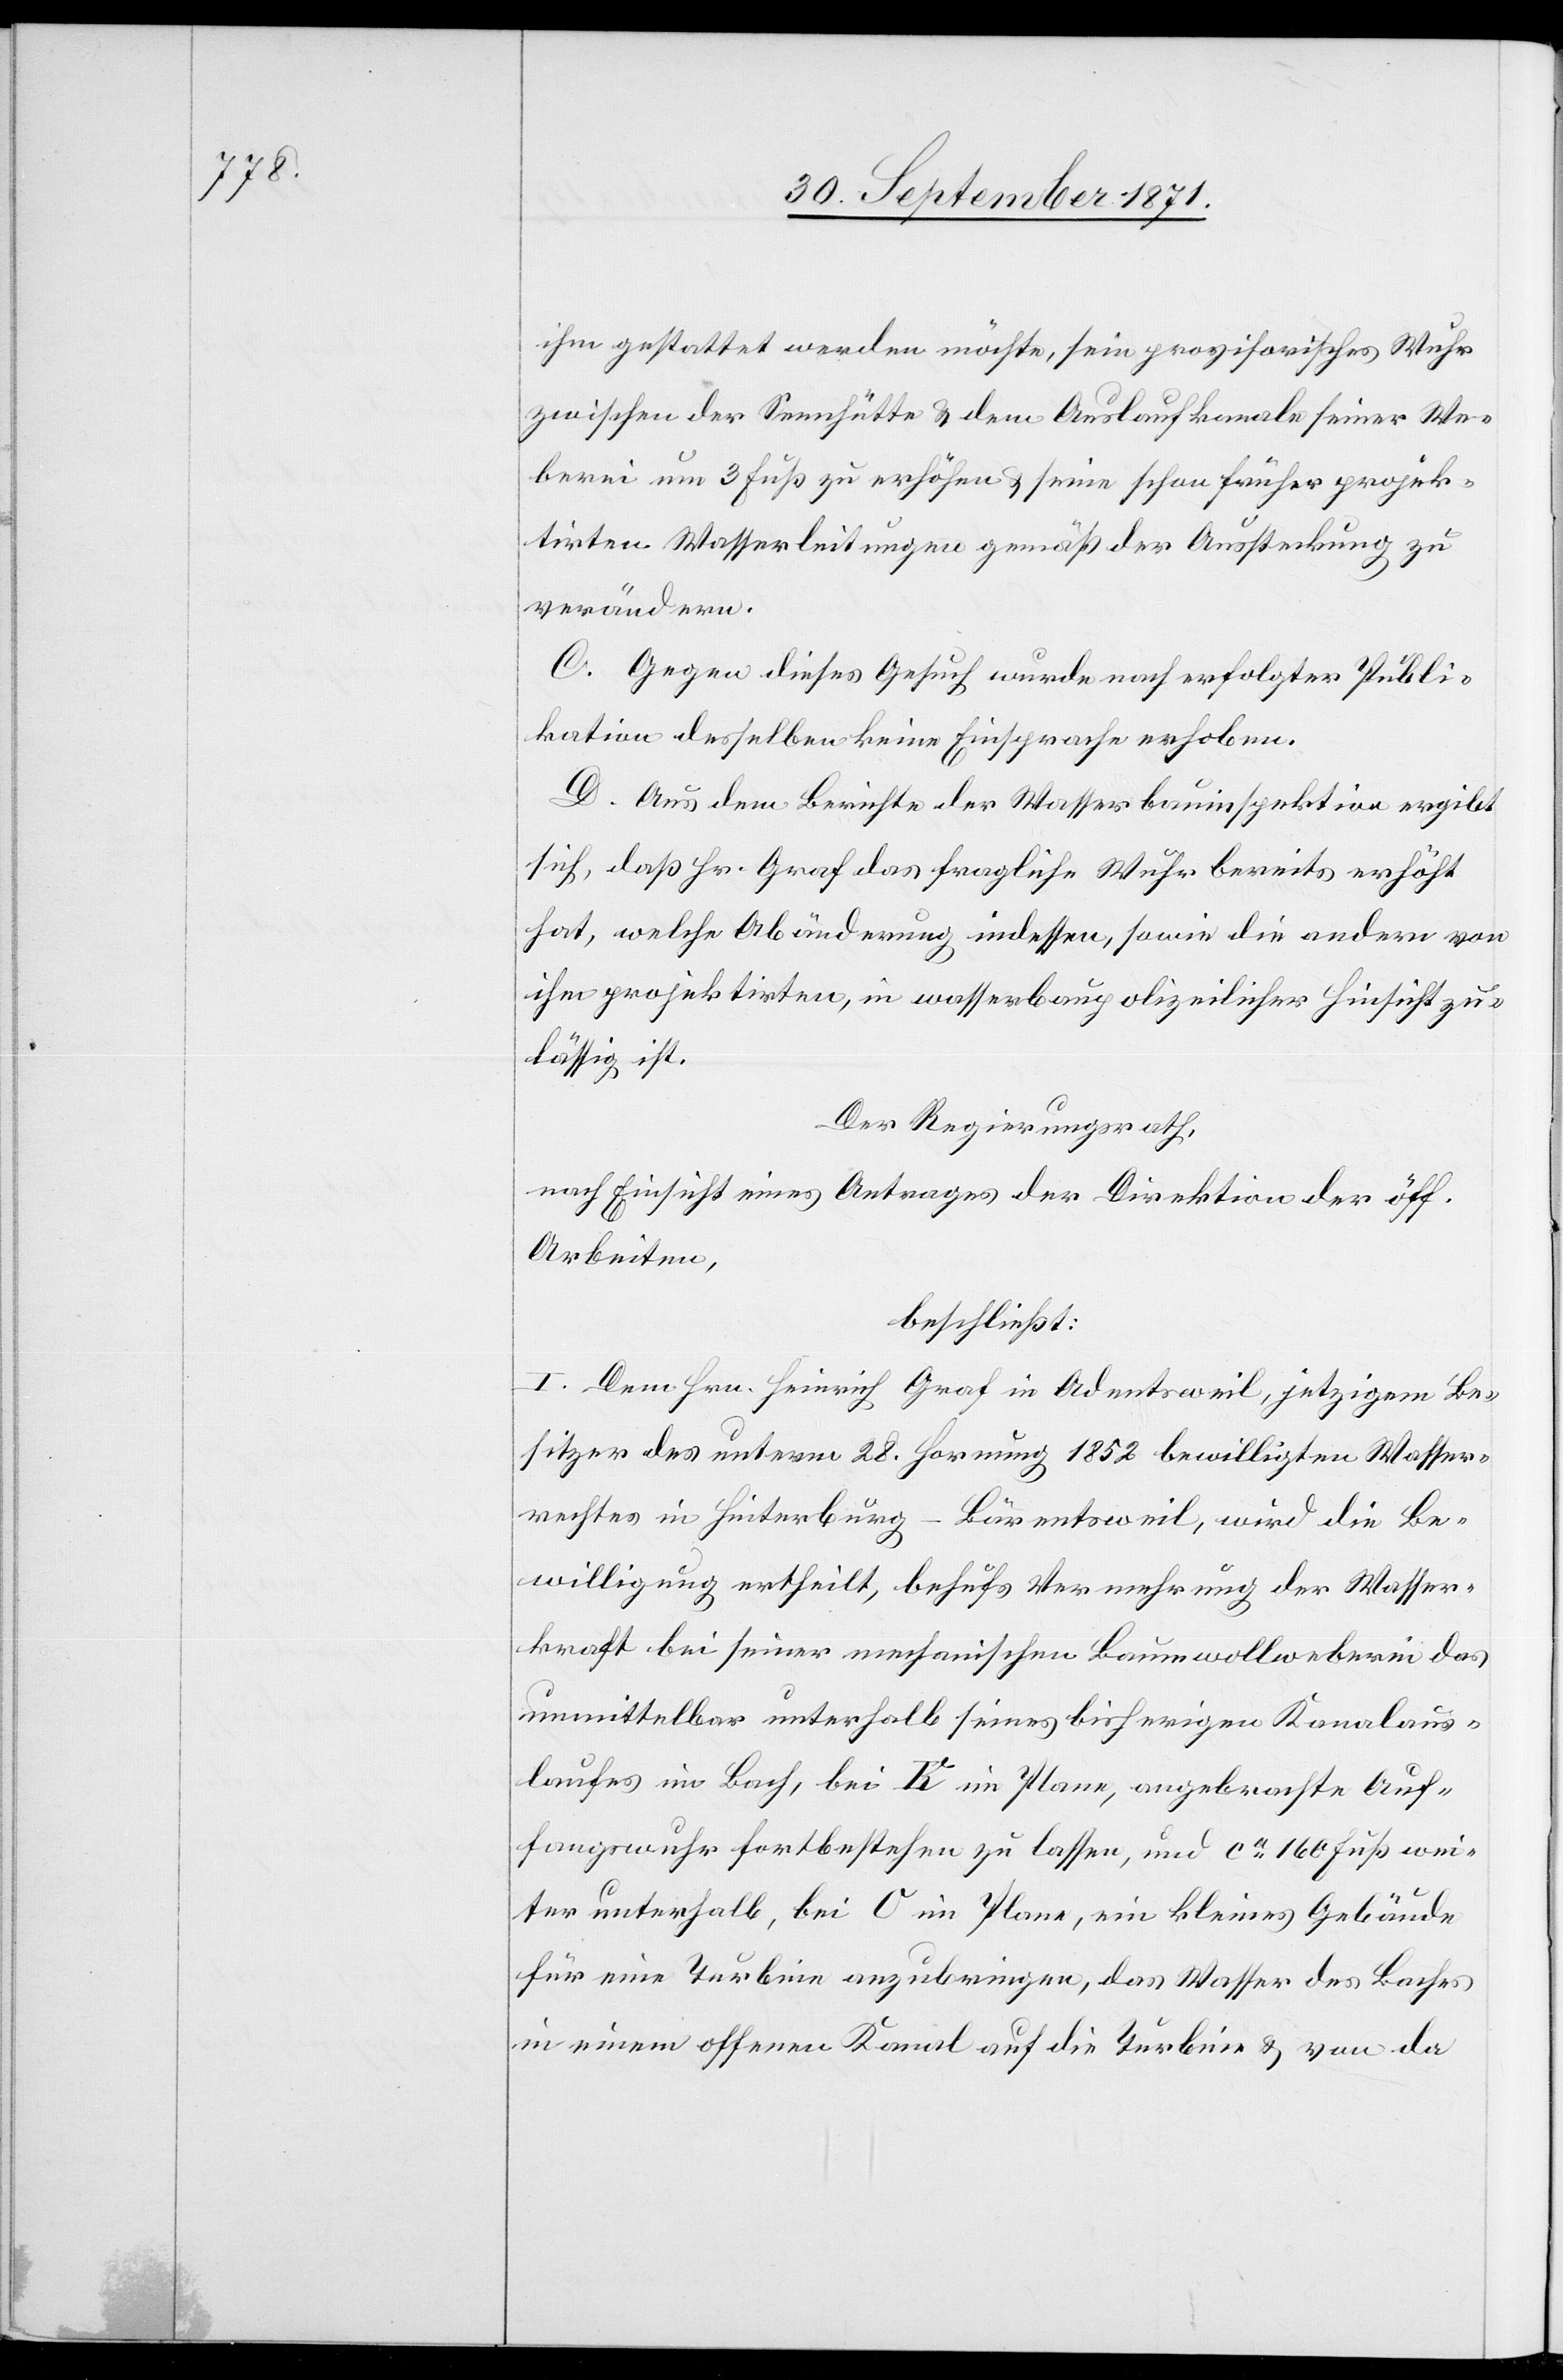
ihm gestattet werden möchte, sein provisorisches Wuhr
zwischen der Sennhütte & dem Auslaufkanale seiner We¬
berei um 3 Fuß zu erhöhen & seine schon früher projek¬
tirten Wasserleitungen gemäß der Ausstreckung zu
verändern.
C. Gegen dieses Gesuch wurde nach erfolgter Publi¬
kation desselben keine Einsprache erhoben.
D. Aus dem Berichte der Wasserbauinspektion ergibt
sich, dass Hr. Graf das fragliche Wuhr bereits erhöht
hat, welche Abänderung indessen, sowie die andern von
ihm projektirten, in wasserbaupolizeilicher Hinsicht zu¬
lässig ist.
Der Regierungsrath,
nach Einsicht eines Antrages der Direktion der öff.
Arbeiten
beschließt:
I. Dem Hrn. Heinrich Graf in Adeetsweil, jetzigem Be¬
sitzer des unterm 28. Hornung 1852 bewilligten Wasser¬
rechtes in Hinterburg-Bärentsweil, wird die Be¬
willigung ertheilt, behufs Vermehrung der Wasser¬
kraft bei seiner mechanischen Baumwollweberei das
unmittelbar unterhalb seines bisherigen Kanalaus¬
laufes im Bach, bei K im Plane, angebrachte Auf¬
fangswuhr fortbestehen zu lassen, und ca 160 Fuß wei¬
ter unterhalb bei O im Plane, ein kleines Gebäude
für eine Turbine anzubringen, das Wasser des Baches
in einem offenen Kanal auf die Turbine & von da